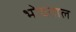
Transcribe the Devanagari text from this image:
भोवताल